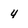
Character: 4